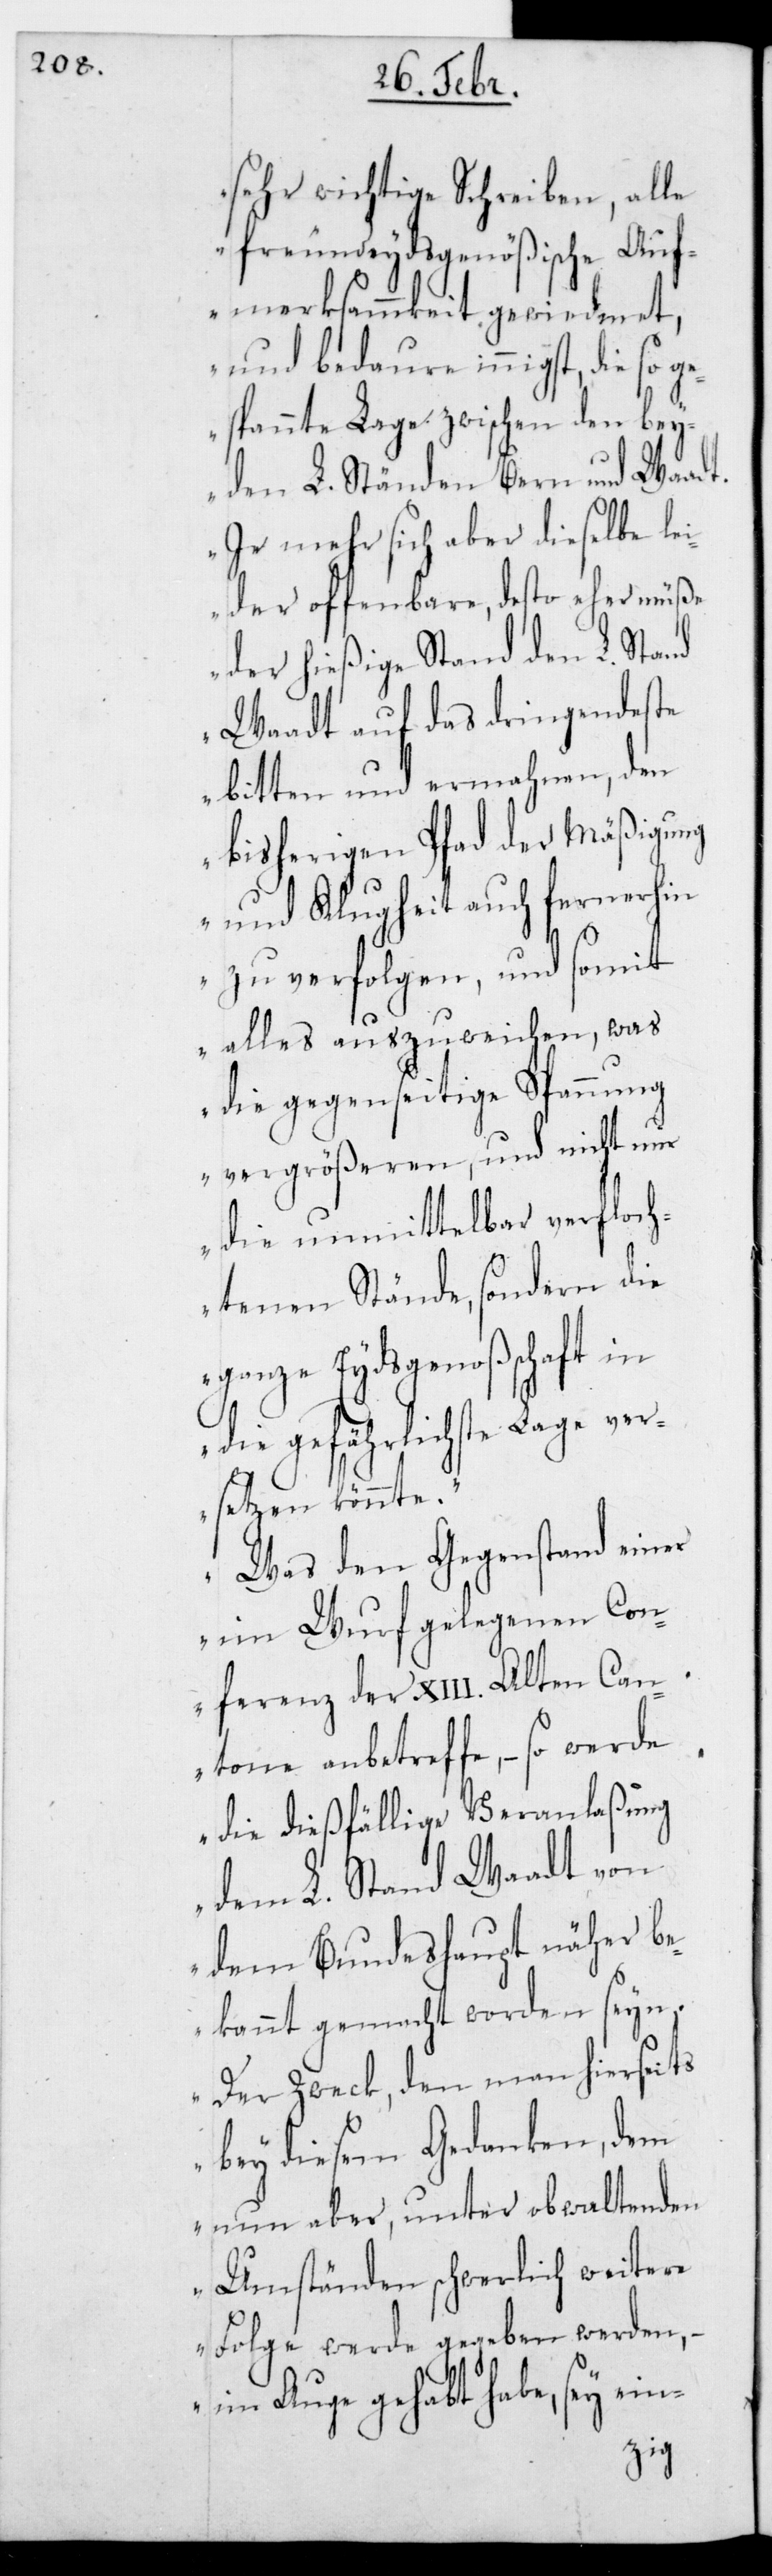
sehr wichtige Schreiben, alle
freundeydsgenößische Auf¬
merksammkeit gewidmet,
und bedaure innigst, die so
gespannte Lage zwischen den bey¬
den L. Ständen Bern und Waadt.
Je mehr sich aber dieselbe lei¬
der offenbare, desto eher müße
der hießige Stand den L. Stand
Waadt auf das dringendste
bitten und ermahnen, den
bisherigen Pfad der Mäßigung
und Klugheit auch fernerhin
zu verfolgen, und somit
alles auszuweichen, was
die gegenseitige Spannung
vergrößeren, und nicht nur
die unmittelbar verfloch¬
tenen Stände, sondern die
ganze Eydsgenoßenschaft in
die gefährlichste Lage ver¬
setzen könnte.
Was den Gegenstand einer
im Wurf gelegenen Con¬
ferenz der XIII. Alten Can¬
tone anbetreffe, – so werde
die dießfällige Veranlaßung
dem L. Stand Waadt von
dem Bundeshaupt näher be¬
kannt gemacht worden sein.
Der Zweck, den man hierseits
bey diesem Gedanken, dem
nun aber, unter obwaltenden
Umständen schwerlich weitere
Folge werde gegeben werden, –
im Auge gehabt habe, sey ein-